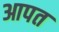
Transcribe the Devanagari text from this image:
आपत